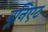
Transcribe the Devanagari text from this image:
यूनिएट